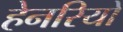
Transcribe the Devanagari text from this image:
हेनरियों